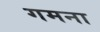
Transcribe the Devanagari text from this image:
गमना